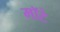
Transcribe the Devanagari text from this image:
मॉटे